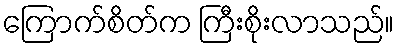
ကြောက်စိတ်က ကြီးစိုးလာသည်။